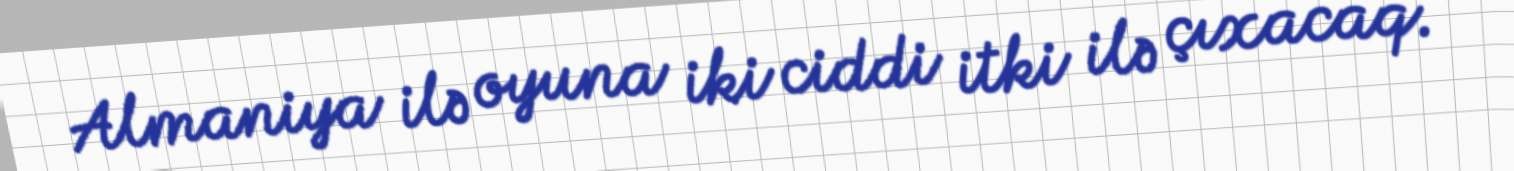
Almaniya ilə oyuna iki ciddi itki ilə çıxacaq.